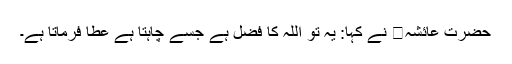
حضرت عائشہ نے کہا: یہ تو اللہ کا فضل ہے جسے چاہتا ہے عطا فرماتا ہے۔